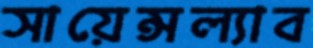
সায়েন্সল্যাব